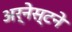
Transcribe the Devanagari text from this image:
अर्नेस्टने